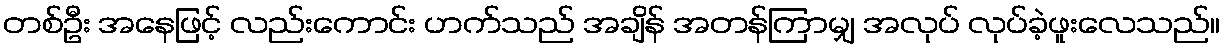
တစ်ဦး အနေဖြင့် လည်းကောင်း ဟက်သည် အချိန် အတန်ကြာမျှ အလုပ် လုပ်ခဲ့ဖူးလေသည်။